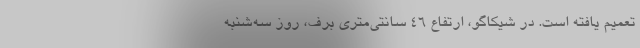
تعمیم یافته است. در شیکاگو، ارتفاع ۴۶ سانتی‌متری برف، روز سه‌شنبه